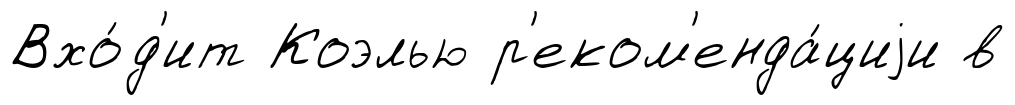
Вхо́д'ит Коэлью р'еком'енда́циjи в